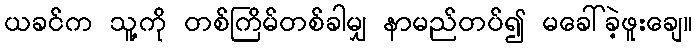
ယခင်က သူ့ကို တစ်ကြိမ်တစ်ခါမျှ နာမည်တပ်၍ မခေါ်ခဲ့ဖူးချေ။